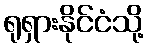
ရုရှားနိုင်ငံသို့